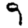
Digit: 9